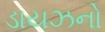
ડાયઝનો